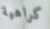
كراهية